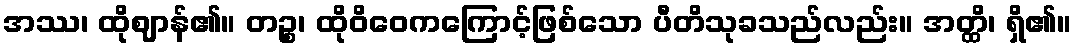
အဿ၊ ထိုဈာန်၏။ တဉ္စ၊ ထိုဝိဝေကကြောင့်ဖြစ်သော ပီတိသုခသည်လည်း။ အတ္ထိ၊ ရှိ၏။